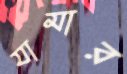
যামার